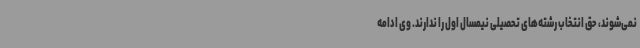
نمی‌شوند، حق انتخاب رشته‌های تحصیلی نیمسال اول را ندارند. وی ادامه